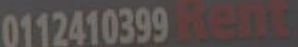
0112410399ent